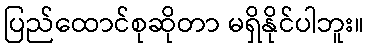
ပြည်ထောင်စုဆိုတာ မရှိနိုင်ပါဘူး။